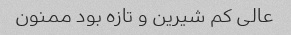
عالی کم شیرین و تازه بود ممنون